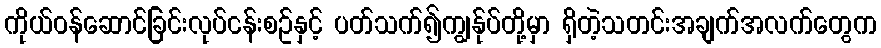
ကိုယ်ဝန်ဆောင်ခြင်းလုပ်ငန်းစဥ်နှင့် ပတ်သက်၍ကျွန်ုပ်တို့မှာ ရှိတဲ့သတင်းအချက်အလက်တွေက